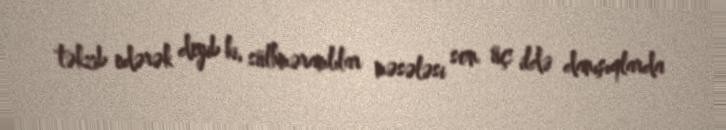
təkzib edərək deyib ki, sülhməramlılar məsələsi son üç ildə danışıqlarda